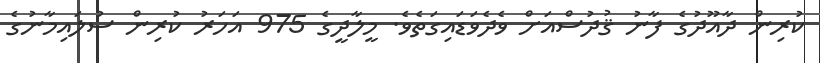
ކުރިން ދާއޫދުގެ ފާނު ޤުދުސްއަށް ވެދެވަޑައިގަތެވެ. މީލާދީގެ 975 އަހަރު ކުރިން ސުލައިމާނުގެ